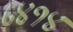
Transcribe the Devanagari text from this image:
८४१४